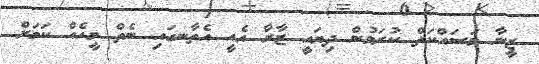
ޒީނާ މަސައްކަތް ކުރަމުން ދިޔައީ ޒާރާ އެއީ އެތާނގައި ނެތް މީހެއް ކަމަށް